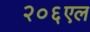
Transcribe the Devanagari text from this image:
२०६एल